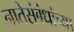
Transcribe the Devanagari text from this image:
नातेसंबंधांच्या